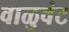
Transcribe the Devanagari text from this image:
वाळुवंट